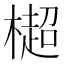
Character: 㯧